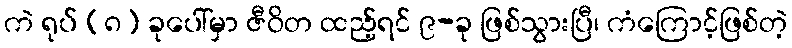
ကဲ ရုပ် (၈) ခုပေါ်မှာ ဇီဝိတ ထည့်ရင် ၉-ခု ဖြစ်သွားပြီ၊ ကံကြောင့်ဖြစ်တဲ့